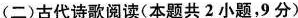
(二)古代诗歌阅读(本题共2小题，9分)